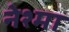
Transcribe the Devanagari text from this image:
नेश्मा